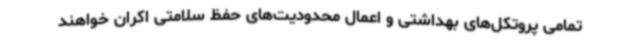
تمامی پروتکل‌های بهداشتی و اعمال محدودیت‌های حفظ سلامتی اکران خواهند